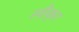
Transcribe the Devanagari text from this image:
स्वीकृत